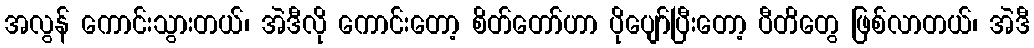
အလွန် ကောင်းသွားတယ်၊ အဲဒီလို ကောင်းတော့ စိတ်တော်ဟာ ပိုပျော်ပြီးတော့ ပီတိတွေ ဖြစ်လာတယ်၊ အဲဒီ